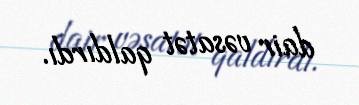
dair vəsatət qaldırdı.